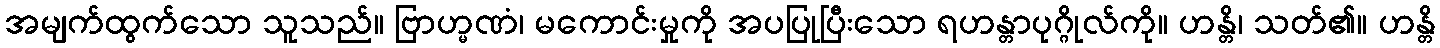
အမျက်ထွက်သော သူသည်။ ဗြာဟ္မဏံ၊ မကောင်းမှုကို အပပြုပြီးသော ရဟန္တာပုဂ္ဂိုလ်ကို။ ဟန္တိ၊ သတ်၏။ ဟန္တိ